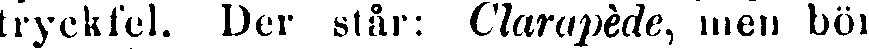
tryckfel. Der står: Clarapède, men bör